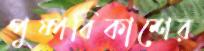
পুষ্পবিকাশের